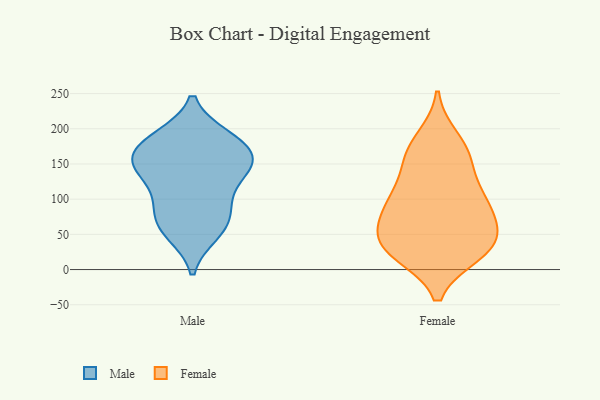
{"axis": {"x": "Energy Usage (MWh)", "y": "Value"}, "legend": ["Female", "Male"], "data": [{"x": "", "y": 96, "type": "Male"}, {"x": "", "y": 136, "type": "Male"}, {"x": "", "y": 51, "type": "Male"}, {"x": "", "y": 63, "type": "Male"}, {"x": "", "y": 188, "type": "Male"}, {"x": "", "y": 151, "type": "Male"}, {"x": "", "y": 157, "type": "Male"}, {"x": "", "y": 187, "type": "Male"}, {"x": "", "y": 139, "type": "Male"}, {"x": "", "y": 172, "type": "Male"}, {"x": "", "y": 81, "type": "Male"}, {"x": "", "y": 56, "type": "Male"}, {"x": "", "y": 157, "type": "Male"}, {"x": "", "y": 185, "type": "Male"}, {"x": "", "y": 99, "type": "Male"}, {"x": "", "y": 143, "type": "Male"}, {"x": "", "y": 97, "type": "Female"}, {"x": "", "y": 75, "type": "Female"}, {"x": "", "y": 153, "type": "Female"}, {"x": "", "y": 24, "type": "Female"}, {"x": "", "y": 29, "type": "Female"}, {"x": "", "y": 169, "type": "Female"}, {"x": "", "y": 155, "type": "Female"}, {"x": "", "y": 103, "type": "Female"}, {"x": "", "y": 32, "type": "Female"}, {"x": "", "y": 54, "type": "Female"}, {"x": "", "y": 92, "type": "Female"}, {"x": "", "y": 105, "type": "Female"}, {"x": "", "y": 56, "type": "Female"}, {"x": "", "y": 23, "type": "Female"}, {"x": "", "y": 186, "type": "Female"}, {"x": "", "y": 38, "type": "Female"}]}